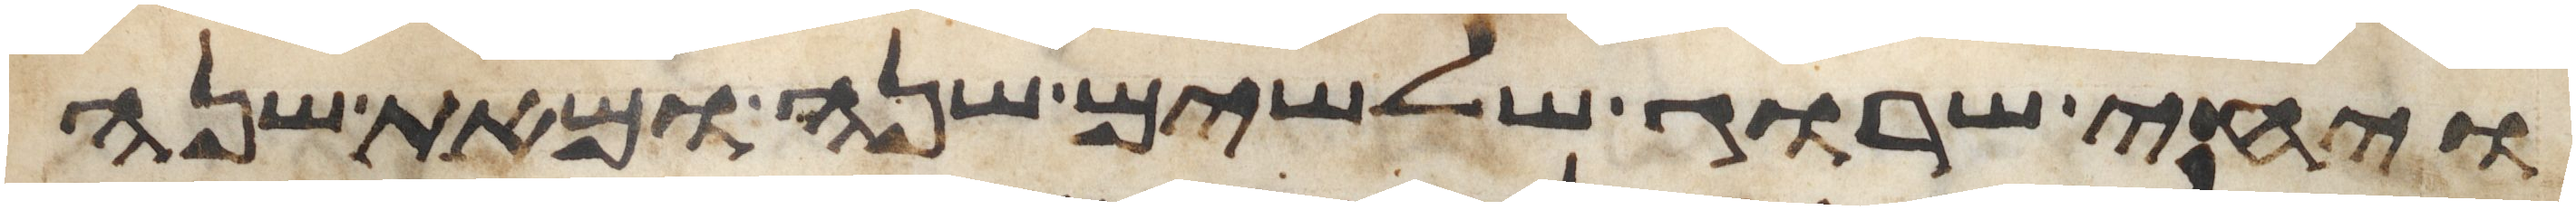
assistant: ויחי שרוג שלשים שנה ומאת שנה